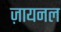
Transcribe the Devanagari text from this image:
ज़ायनल